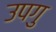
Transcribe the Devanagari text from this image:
उपगु